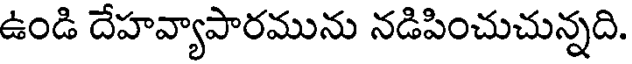
ఉండి దేహవ్యాపారమును నడిపించుచున్నది.